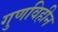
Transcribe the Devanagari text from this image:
गुणविहीन